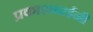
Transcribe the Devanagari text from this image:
प्रकाशभाईनी